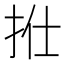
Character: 𢫟